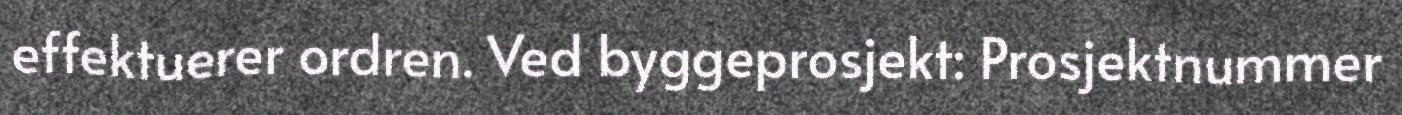
effektuerer ordren. Ved byggeprosjekt: Prosjektnummer